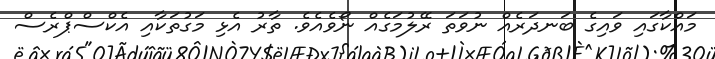
މައްކާގައި ވައިގެ ބަނދަރެއް ނުވަތަ ރޭލުމަގެއް ނޯވެއެވެ. ތާރު އެޅި މަގުތަކާއި އެކްސްޕްރެސް